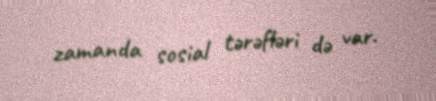
zamanda sosial tərəfləri də var.